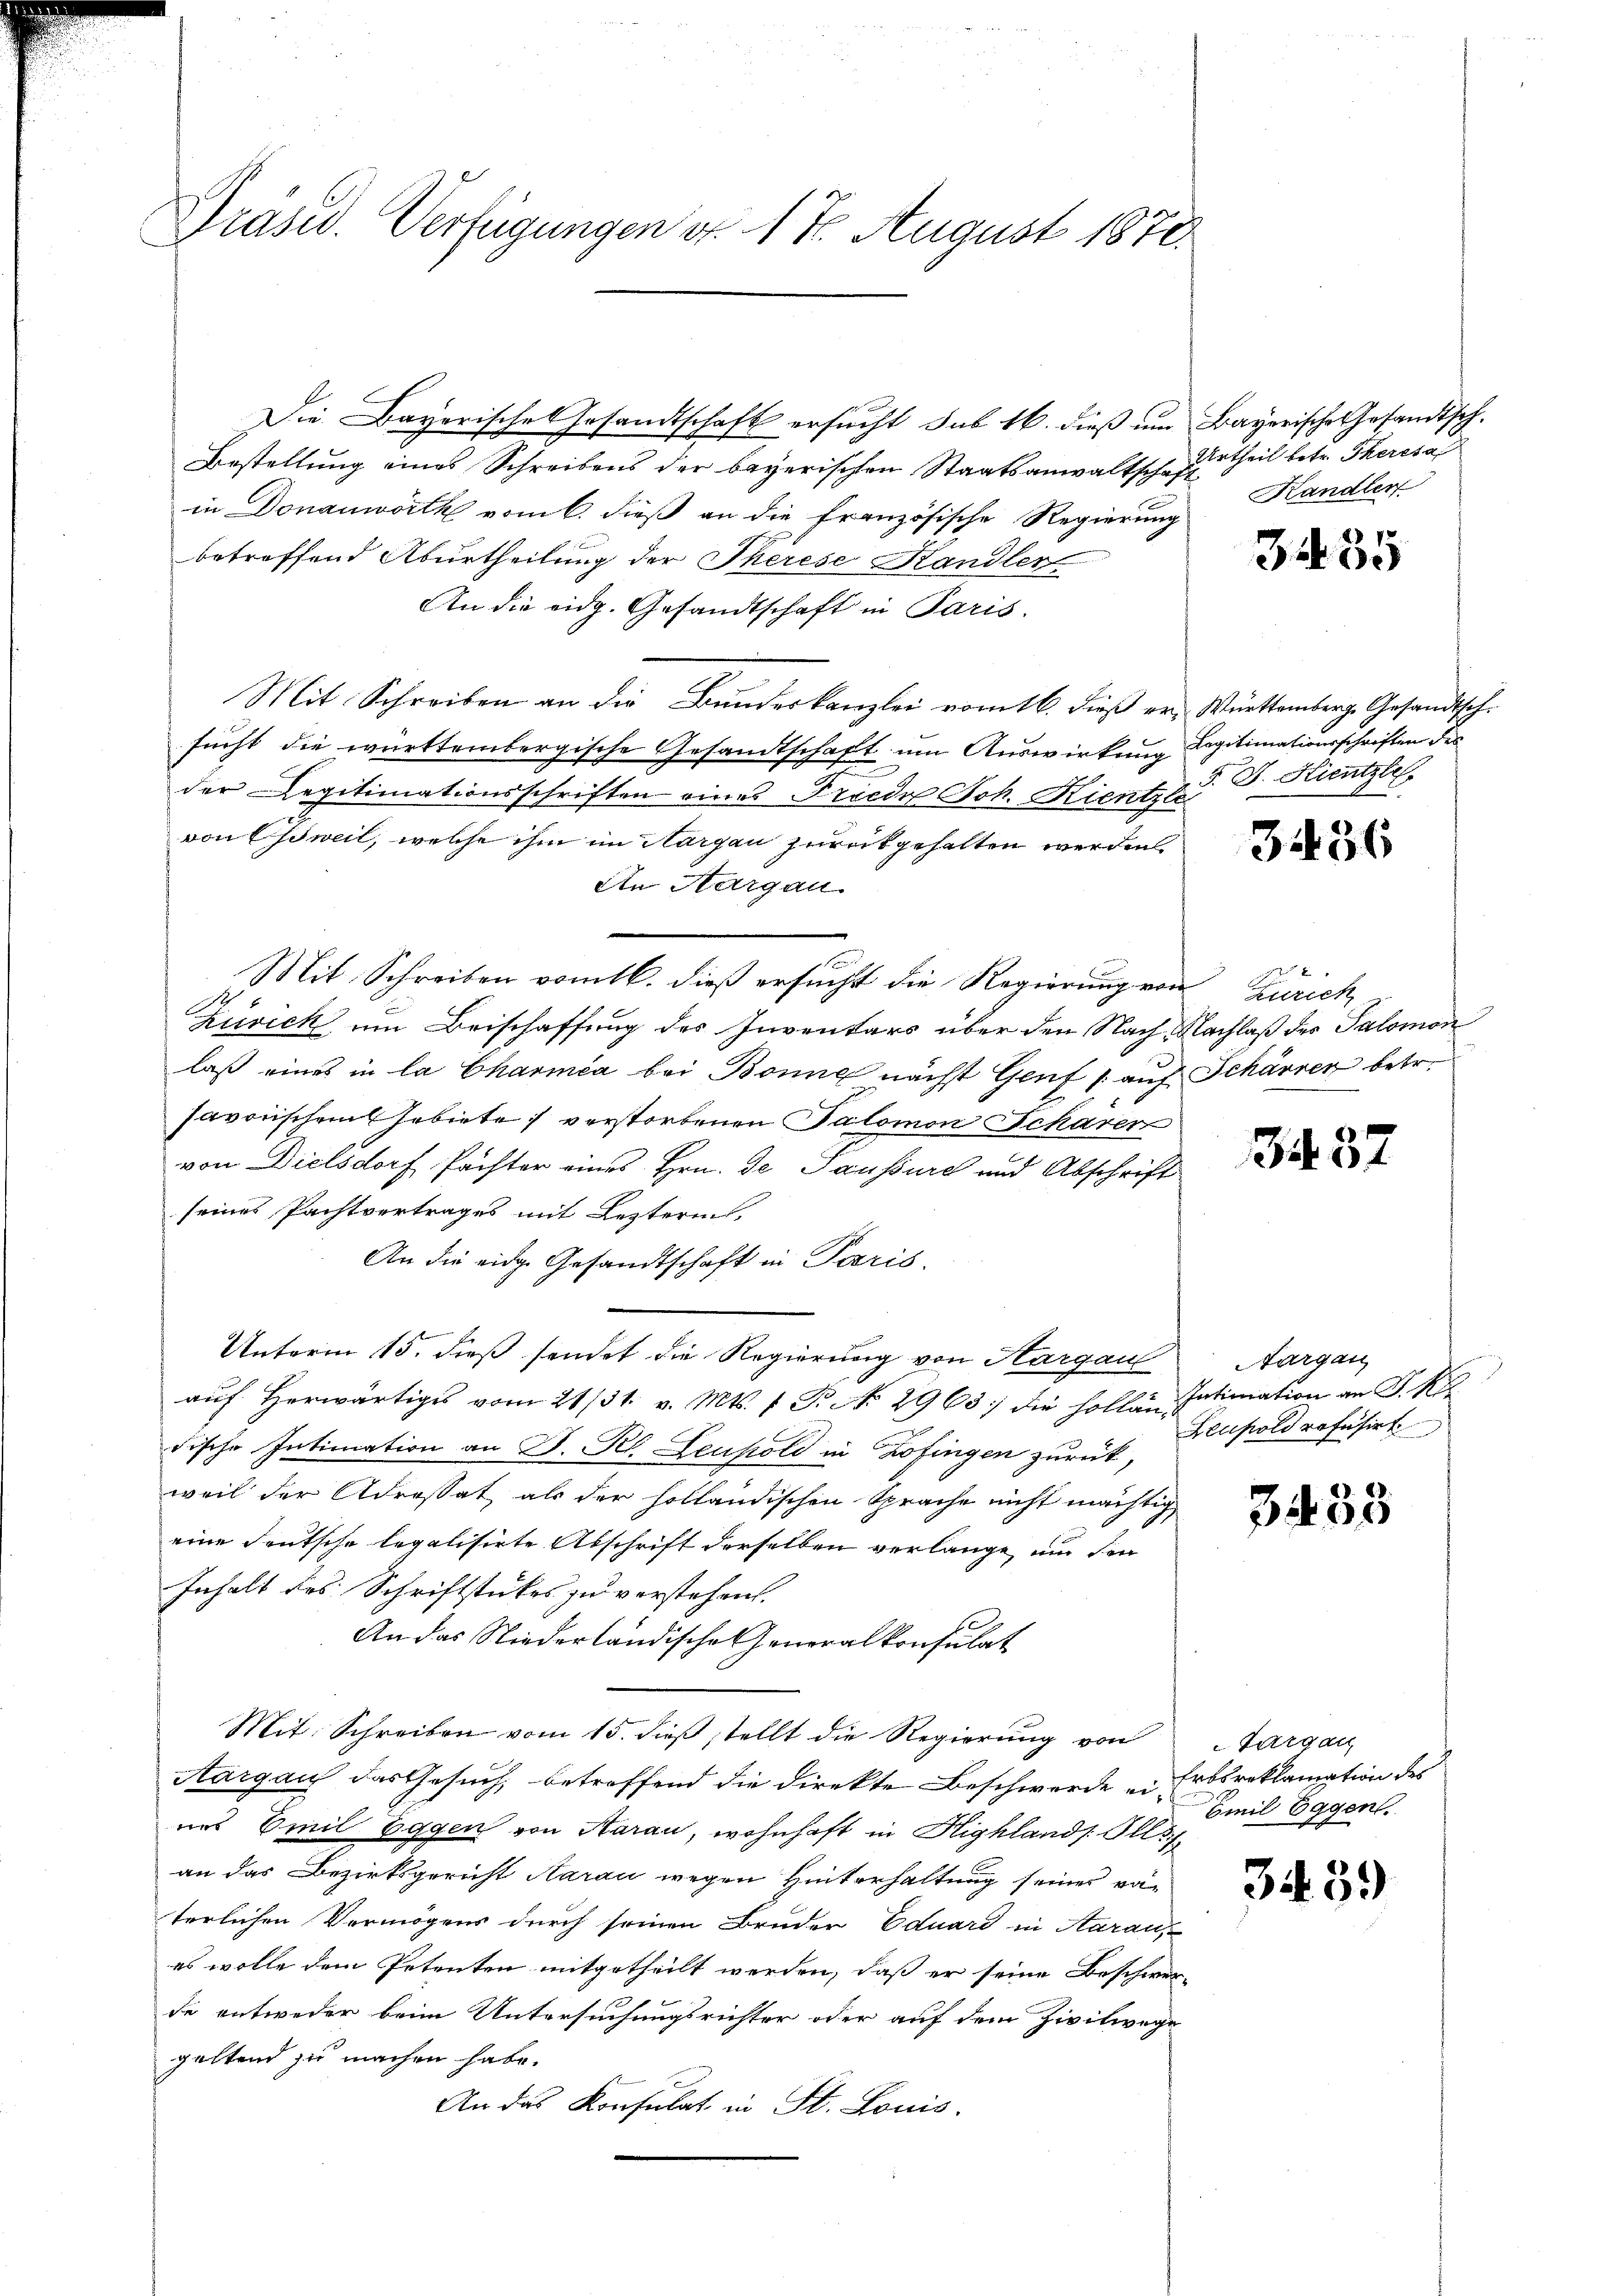
Präsid. Verfügungen d. 17. August 1870.

Die Bayerische Gesandtschaft ersucht sub 16. dieß um
Bestellung eines Schreibens der bayerischen Staatsanwaltschafin Donauwörth vom 6. dieß an die französische Regierung
betreffend Aburtheilung der Therese Handler
An die eidg. Gesandtschaft in Paris.
Mit Schreiben an die Bundeskanzlei vom 16. dieß er, Württemberg. Gesandtsch.
sucht die württembergische Gesandtschaft um Auswirkung Legitimationsschriften der
der Degitimationsschriften eines Friede Joh. Kientzle
von Essweil, welche ihm im Nargau zurükgehalten werden.
An Aargau.
Mit Schreiben vom 16. dieß ersucht die Regierung von Zürich
Zusick um Beischaffung des Inventars über den Nach Nachlaß des Salomon
laß eines in la Charica bei Bonne nächst Genf 1. auf Schärrer betr.
savorischen Gebiete verstorbenen Salomon Scharen
von Dielsdorf Pachter eines Hrn. Je ausdurch und Abschrift
seines Pachtvertrages mit Lezteren,
An die eidge Gesandtschaft in Paris.
Es
Unterm 15. dieß sendet die Regierung von Hargau
auf Herwärtiges vom 21/31. v. Mts. 1 P. No 2963 die sollen Intimation an J. K
dische Intimation an D. Rh. Leupold in Zofingen zurück,
weil der Adressat als der holländischen Sprache nicht mächtig
eine deutsche legalisirte Abschrift derselben verlange, um den
Inhalt des Schriftstückes zu verstehen.
An das Niederländische Generalkonsulat
Mit Schreiben vom 15. dieß stellt die Regierung von
Aargau das Gesuch, betroffend die Direkte Beschwerde ei Erbsreklamation des
nes Emil Eggen von Aarau, wohnhaft in Highlands Alls
an das Bezirksgericht Aarau wegen Hinterhaltung seines vaterlichen Vermögens durch seinen Bruder Eduard in Aaraus
es wolle dem Petenten mitgetheilt werden, daß er seine Beschwer-
de entweder beim Untersuchungsrichter oder auf dem Zivilwege
geltend zu machen habe.
An das Konsulat in St. Louis.

Bayerische Gesandtsch.
Urtheil betr. Theresal
t
Handler

3435

F. J. Hientzler

3436

3437

Aargau,
Zeuhold refüsirt

3433

Targau
Emil Eggen.

3439)